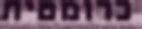
כרומטית